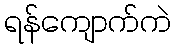
ရန်ကျောက်ကဲ